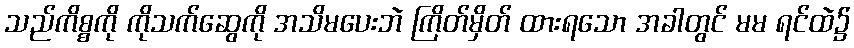
သည်ကိစ္စကို ကိုသက်ဆွေကို အသိမပေးဘဲ ကြိတ်မှိတ် ထားရသော အခါတွင် မမ ရင်ထဲ၌